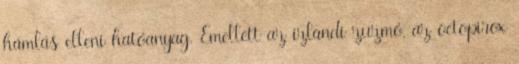
hámlás elleni hatóanyag. Emellett az izlandi zuzmó, az octopirox